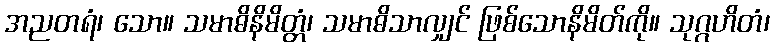
အညတရံ၊ သော။ သမာဓိနိမိတ္တံ၊ သမာဓိသာလျှင် ဖြစ်သောနိမိတ်ကို။ သုဂ္ဂဟိတံ၊